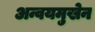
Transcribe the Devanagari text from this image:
अन्वयमुखेन